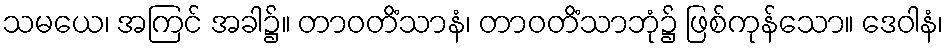
သမယေ၊ အကြင် အခါ၌။ တာဝတိံသာနံ၊ တာဝတိံသာဘုံ၌ ဖြစ်ကုန်သော။ ဒေဝါနံ၊